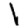
Digit: 1